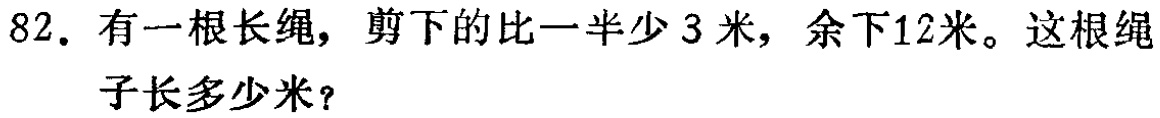
82. 有一根长绳，剪下的比一半少3米，余下12米。这根绳子长多少米？